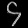
Digit: ၄